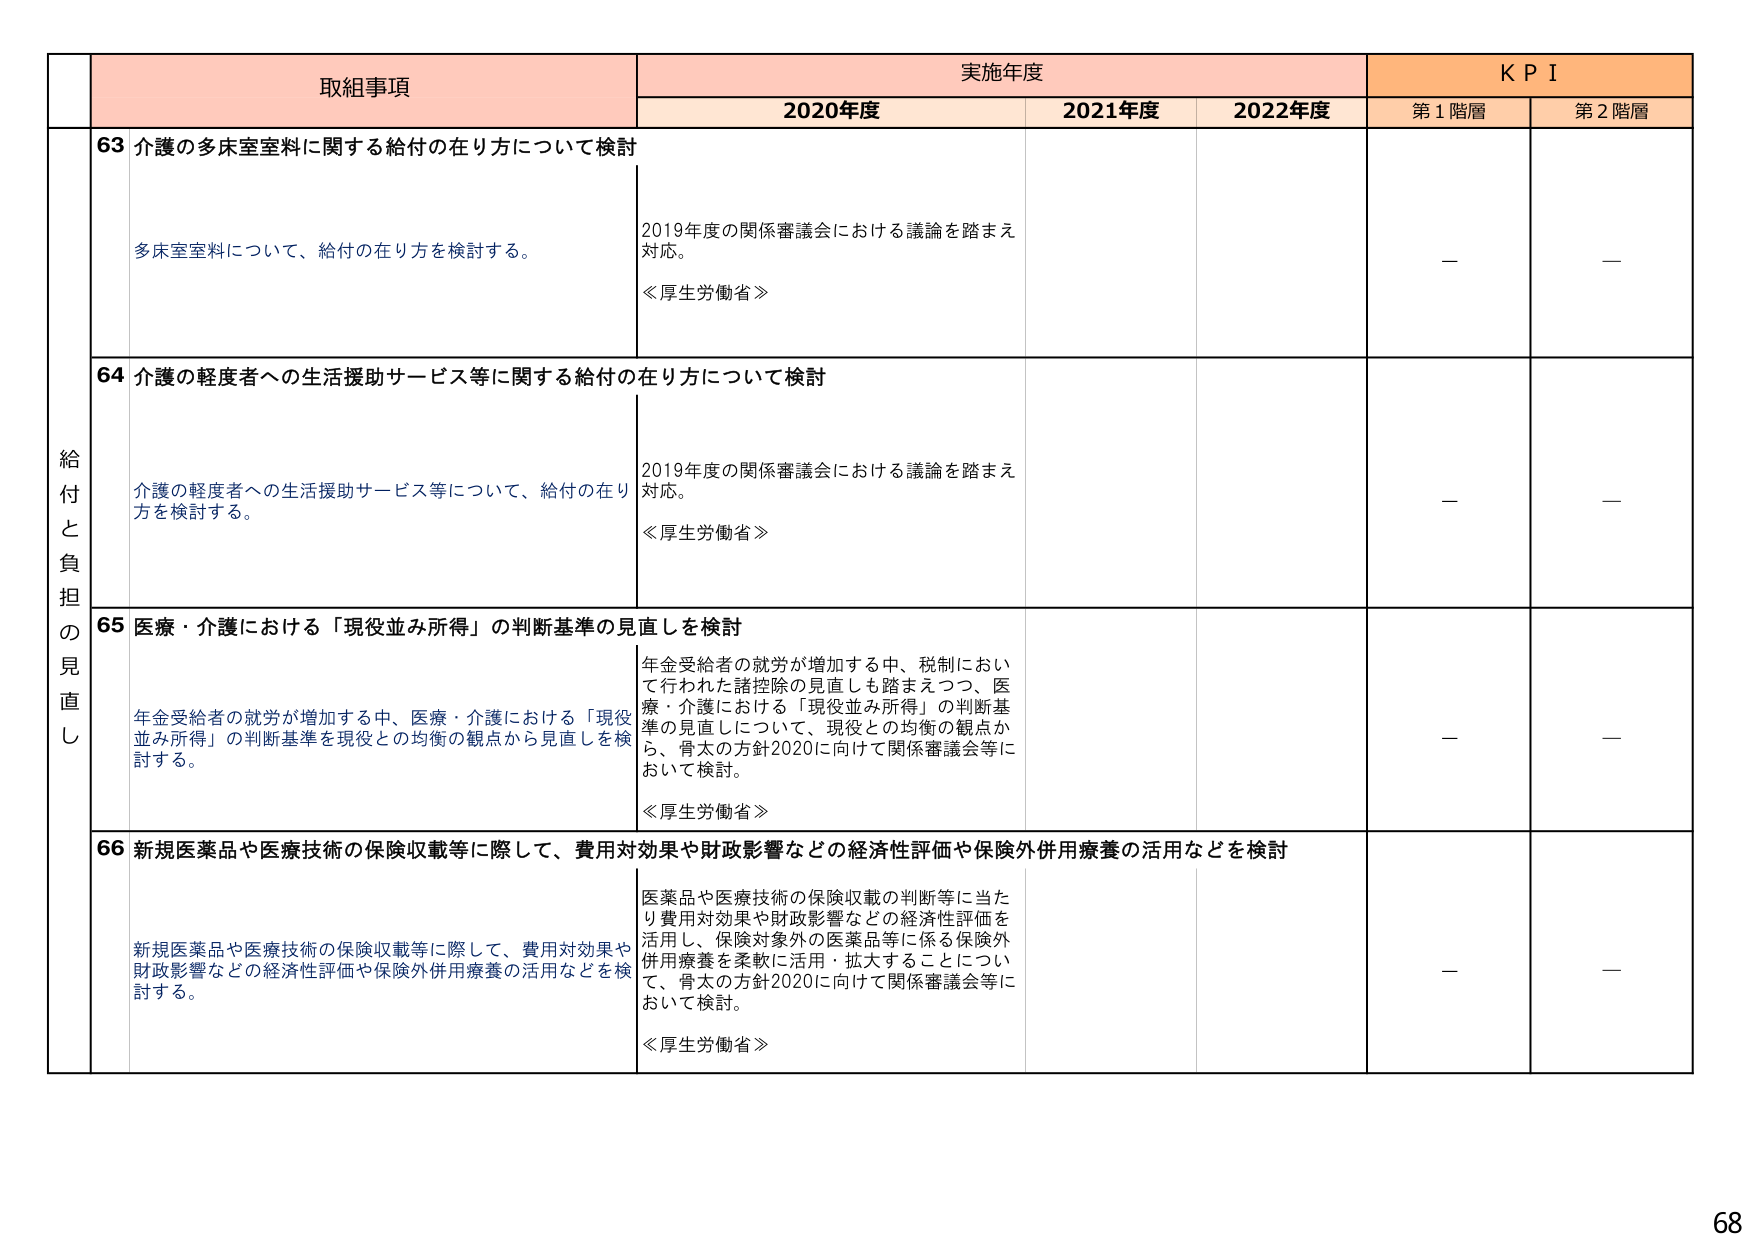
取組事項 実施年度 K P I
2020年度 2021年度 2022年度 第1階層 第2階層

給付と負担の見直し
63 介護の多床室室料に関する給付の在り方について検討
多床室室料について、給付の在り方を検討する。
2019年度の関係審議会における議論を踏まえ対応。
≪厚生労働省≫
— —

64 介護の軽度者への生活援助サービス等に関する給付の在り方について検討
介護の軽度者への生活援助サービス等について、給付の在り方を検討する。
2019年度の関係審議会における議論を踏まえ対応。
≪厚生労働省≫
— —

65 医療・介護における「現役並み所得」の判断基準の見直しを検討
年金受給者の就労が増加する中、医療・介護における「現役並み所得」の判断基準を現役との均衡の観点から見直しを検討する。
年金受給者の就労が増加する中、税制において行われた諸控除の見直しも踏まえつつ、医療・介護における「現役並み所得」の判断基準の見直しについて、現役との均衡の観点から、骨太の方針2020に向けて関係審議会等において検討。
≪厚生労働省≫
— —

66 新規医薬品や医療技術の保険収載等に際して、費用対効果や財政影響などの経済性評価や保険外併用療養の活用などを検討
新規医薬品や医療技術の保険収載等に際して、費用対効果や財政影響などの経済性評価や保険外併用療養の活用などを検討する。
医薬品や医療技術の保険収載の判断等に当たり費用対効果や財政影響などの経済性評価を活用し、保険対象外の医薬品等に係る保険外併用療養を柔軟に活用・拡大することについて、骨太の方針2020に向けて関係審議会等において検討。
≪厚生労働省≫
— —

68